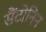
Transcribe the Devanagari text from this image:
सैंटोनिन